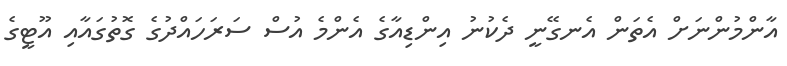
އާންމުންނަށް އެތަން އެނގޭނީ ދެކުނު އިންޑިއާގެ އެންމެ އުސް ސަރަހައްދުގެ ގޮތުގައާއި އޫޓީގެ